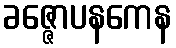
ခဇ္ဇောပနကေန